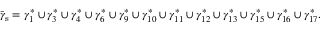
\bar { \gamma } _ { \mathrm { s } } = \gamma _ { 1 } ^ { \ast } \cup \gamma _ { 3 } ^ { \ast } \cup \gamma _ { 4 } ^ { \ast } \cup \gamma _ { 6 } ^ { \ast } \cup \gamma _ { 9 } ^ { \ast } \cup \gamma _ { 1 0 } ^ { \ast } \cup \gamma _ { 1 1 } ^ { \ast } \cup \gamma _ { 1 2 } ^ { \ast } \cup \gamma _ { 1 3 } ^ { \ast } \cup \gamma _ { 1 5 } ^ { \ast } \cup \gamma _ { 1 6 } ^ { \ast } \cup \gamma _ { 1 7 } ^ { \ast } .